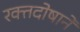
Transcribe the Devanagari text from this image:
रक्तदोषाने